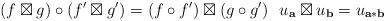
LaTeX: \begin{align*} (f\boxtimes g)\circ (f'\boxtimes g')=(f\circ f')\boxtimes (g \circ g') \ \ u_\mathbf{a}\boxtimes u_\mathbf{b}=u_{\mathbf{a}\ast \mathbf{b}} \end{align*}